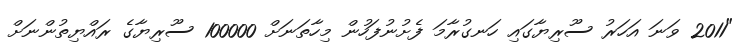
"2011 ވަނަ އަހަރު ސޫރިޔާގައި ހަނގުރާމަ ފެށުނުފަހުން މިހާތަނަށް 100000 ސޫރިޔާގެ ރައްޔިތުންނަށް